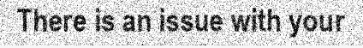
There is an issue with your